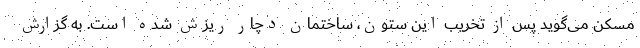
مسکن می‌گوید پس از تخریب این ستون، ساختمان دچار ریزش شده است. به گزارش